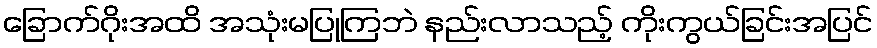
ခြောက်ဂိုးအထိ အသုံးမပြုကြဘဲ နည်းလာသည့် ကိုးကွယ်ခြင်းအပြင်